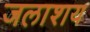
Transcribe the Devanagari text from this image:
जलाश्‍ाय